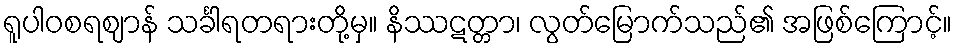
ရူပါဝစရဈာန် သင်္ခါရတရားတို့မှ။ နိဿဋတ္တာ၊ လွတ်မြောက်သည်၏ အဖြစ်ကြောင့်။